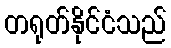
တရုတ်နိုင်ငံသည်